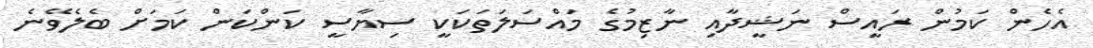
އެހެން ކަމުން ރައީސް ނަޝީދާއި ނާޒިމުގެ މައްސަލަތަކަކީ ސިޔާސީ ކަންކަން ކަމަށް ބެލެވޭނެ